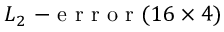
L _ { 2 } \mathrm { ~ - ~ e ~ r ~ r ~ o ~ r ~ } ( 1 6 \times 4 )